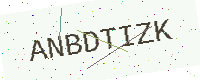
Text: ANBDTIZK